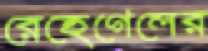
রেহেগেলের